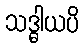
သဒ္ဓါယပိ